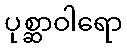
ပုစ္ဆာဝါရော